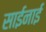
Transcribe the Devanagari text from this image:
साईनाई